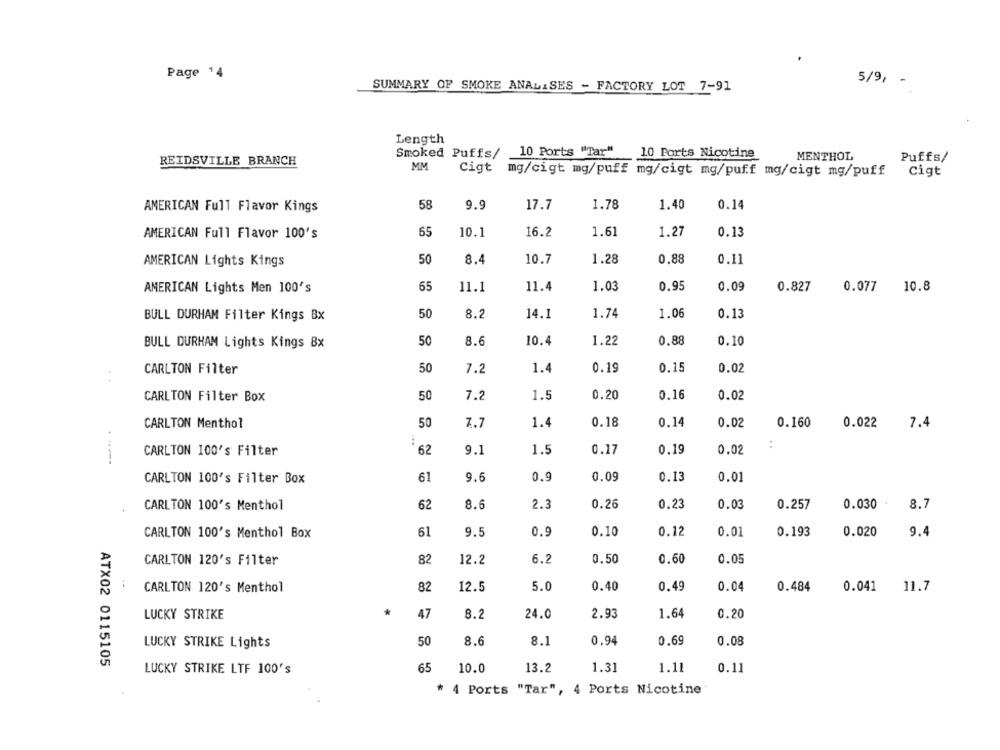
Page 14
5/9, -
SUMMARY OF SMOKE ANALISES - FACTORY LOT 7-91
Length
Smoked Puffs/
10 Ports "Tar"
10 Ports Nicotine
MENTHOL
Puffs/
REIDSVILLE BRANCH
MM
Cigt mg/cigt mg/puff mg/cigt mg/puff mg/cigt mg/puff
Cigt
AMERICAN Full Flavor Kings
58
9.9
17.7
1.78
1.40
0.14
65
10.1
16.2
1.61
1.27
0.13
AMERICAN Full Flavor 100's
AMERICAN Lights Kings
50
8.4
10.7
1.28
0.88
0.11
0.95
AMERICAN Lights Men 100's
65
11.1
11.4
1.03
0.09
0.827
0.077
10.8
50
8.2
14.1
1.74
1.06
0.13
BULL DURHAM Filter Kings Bx
BULL DURHAM Lights Kings 8x
50
8.6
10.4
1.22
0.88
0.10
50
0.19
0.15
0.02
CARLTON Filter
7.2
1.4
CARLTON Filter Box
50
7.2
1.5
0.20
0.16
0.02
CARLTON Menthol
50
7.7
1.4
0.18
0.14
0.02
0.160
0.022
7.4
62
9.1
1.5
0.17
0.19
0.02
:
CARLTON 100's Filter
.---
CARLTON 100's Filter Box
61
9.6
0.9
0.09
0.13
0.01
CARLTON 100's Menthol
62
8.6
2.3
0.26
0.23
0.03
0.257
0.030
8.7
61
9.5
0.9
0.10
0.12
0.01
0.193
0.020
9.4
CARLTON 100's Menthol Box
CARLTON 120's Filter
82
12.2
6.2
0.50
0,60
0.05
0.49
CARLTON 120's Menthol
82
12.5
5.0
0.40
0.04
0.484
0.041
11.7
LUCKY STRIKE
47
8.2
24.0
2.93
1.64
0.20
LUCKY STRIKE Lights
50
8.6
8.1
0.94
0.69
0.08
ATX02 0115105
65
13.2
1.31
LUCKY STRIKE LTF 100's
10.0
1.11
0.11
* 4 Ports "Tar", 4 Ports Nicotine